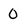
Character: 0